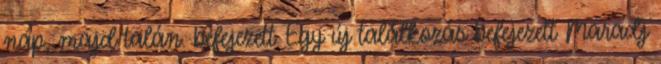
nap, majd talán. befejezett Egy új találkozás befejezett Maradj